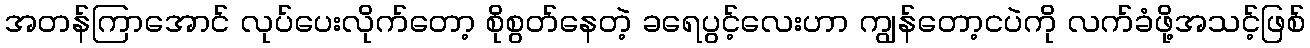
အတန်ကြာအောင် လုပ်ပေးလိုက်တော့ စိုစွတ်နေတဲ့ ခရေပွင့်လေးဟာ ကျွန်တော့ငပဲကို လက်ခံဖို့အသင့်ဖြစ်